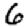
Digit: 6